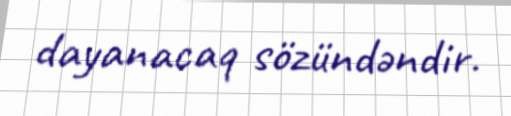
dayanacaq sözündəndir.